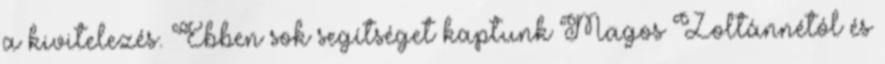
a kivitelezés. Ebben sok segítséget kaptunk Magos Zoltánnétól és